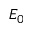
E _ { 0 }